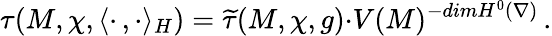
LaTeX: \tau(M,\chi,\langle\cdot\, ,\cdot\rangle_{H})=\widetilde{\tau}(M,\chi,g){\cdot}V(M)^{-dimH^{0}(\nabla)}\, .